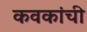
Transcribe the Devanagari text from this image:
कवकांची